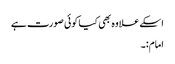
اسکے علاوہ بھی کیا کوئی صورت ہے
امام:۔